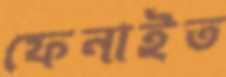
ফেনাইত